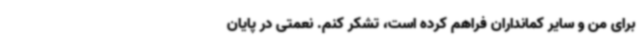
برای من و سایر کمانداران فراهم کرده است، تشکر کنم. نعمتی در پایان